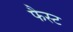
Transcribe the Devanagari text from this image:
फैस्ट